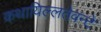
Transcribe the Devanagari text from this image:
कथायिल्‍लतेवन्‍टे